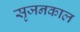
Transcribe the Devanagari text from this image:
सृजनकाल